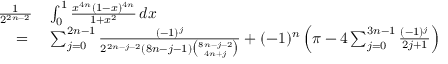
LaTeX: \begin{array} { r l } { { \frac { 1 } { 2 ^ { 2 n - 2 } } } } & { { } \int _ { 0 } ^ { 1 } { \frac { x ^ { 4 n } ( 1 - x ) ^ { 4 n } } { 1 + x ^ { 2 } } } \, d x } \\ { = { } } & { { } \sum _ { j = 0 } ^ { 2 n - 1 } { \frac { ( - 1 ) ^ { j } } { 2 ^ { 2 n - j - 2 } ( 8 n - j - 1 ) { \binom { 8 n - j - 2 } { 4 n + j } } } } + ( - 1 ) ^ { n } \left( \pi - 4 \sum _ { j = 0 } ^ { 3 n - 1 } { \frac { ( - 1 ) ^ { j } } { 2 j + 1 } } \right) } \end{array}